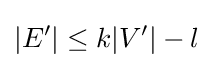
|E'|\leq k|V'|-l